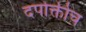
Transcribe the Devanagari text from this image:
दर्पोक्तीच